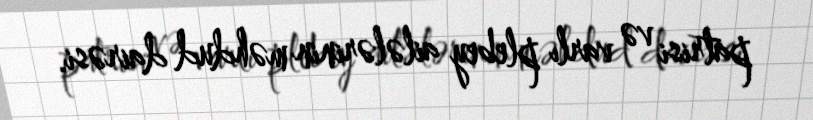
patrisi və varlı plebey ailələrinin məhdud dairəsi.